system: You are a helpful assistant.
user:
Analyze the provided spectrum to determine if it is a **Carbon Star (C-type)**.

- **Key Visual Indicators of Carbon Star:**
    - **(Primary):** Strong molecular absorption from **C₂ (diatomic carbon) "Swan Bands."** This is the **defining feature** of a carbon star.
        - **(Key Bandheads):** Sharp absorption edges are visible at approximately $5635$ Å, $5165$ Å (the strongest band), and $4737$ Å.
        - **(Line Profile):** Creates a distinct **"saw-tooth"** pattern. The key morphology is a sharp, steep bandhead on the **red (long-wavelength) side**, which then gradually tapers off (i.e., flux recovers) towards the **blue (short-wavelength) side**. *(This is the direct opposite of the TiO bands seen in M-type stars)*.

    - **(Secondary):** Intense **CN (cyanogen)** molecular absorption bands.
        - **(Key Bandheads):** Located in the blue and violet regions of the spectrum (e.g., near $4215$ Å and $3883$ Å).
        - **(Morphology):** These bands are extremely broad and act as a "blanket," absorbing the vast majority of blue and violet light. This creates a characteristic **"cliff"** or **"steep drop-off"** in the spectrum's flux at short wavelengths.

    - **(Key Confirmation):** Strong **CH absorption band (G-band)**.
        - **(Key Bandhead):** Located around $4300$ Å. The contribution from CH molecules to this band is exceptionally strong.

    - **(Overall Spectrum):**
        - The continuum is severely "chopped up" by these deep molecular bands, especially C₂, rather than appearing as a smooth curve.
        - Due to the heavy CN and C₂ absorption in the blue-green, the vast majority of the star's flux is concentrated in the red part of the spectrum, giving the star its characteristic deep red color.

Think first, call **spectral_visualization_tool** if needed to examine features in detail, then provide your final answer. Your response must adhere to the following strict rules:
1.  **Overall Structure:** Your response must follow the format `<think>...</think> <tool_call>...</tool_call> (if a tool is used) <answer>...</answer>`.
2.  **Tool Usage Constraint:** You may only make **one** tool call per turn.
3.  **Final Answer Format:** In the `<answer>` tag, your conclusion must be inside a `\boxed{}` command (e.g., `\boxed{YES}`), followed by your justification.

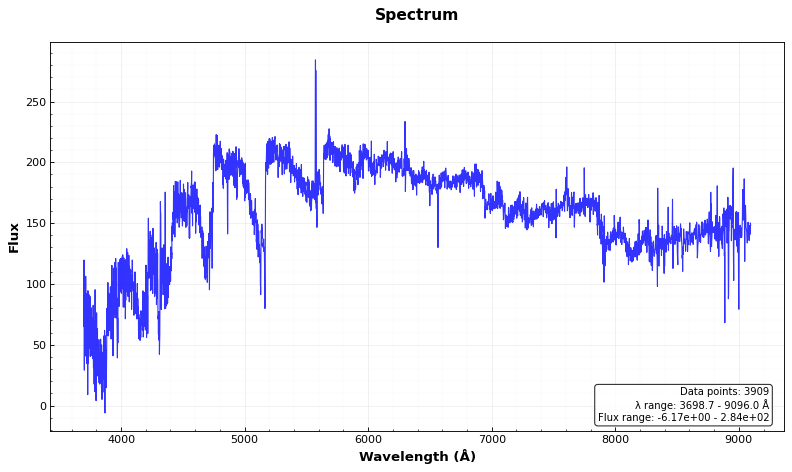
Answer: YES